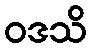
ဝဒသိ